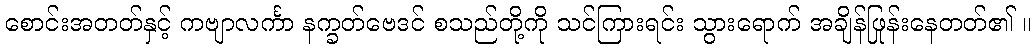
စောင်းအတတ်နှင့် ကဗျာလင်္ကာ နက္ခတ်ဗေဒင် စသည်တို့ကို သင်ကြားရင်း သွားရောက် အချိန်ဖြုန်းနေတတ်၏ ။